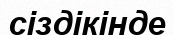
сіздікінде